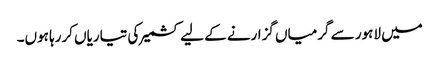
میں لاہور سے گرمیاں گزارنے کے لیے کشمیر کی تیاریاں کررہا ہوں۔